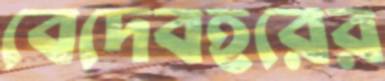
বেদেবহরের